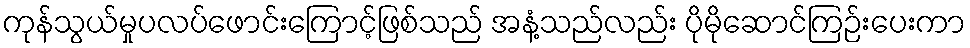
ကုန်သွယ်မှုပလပ်ဖောင်းကြောင့်ဖြစ်သည် အနံ့သည်လည်း ပိုမိုဆောင်ကြဉ်းပေးကာ